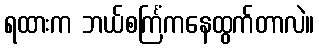
ရထားက ဘယ်စင်္ကြံကနေထွက်တာလဲ။